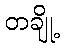
တချို့